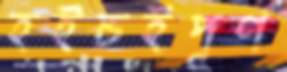
হইচইপূর্ণ